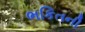
ભકિતની